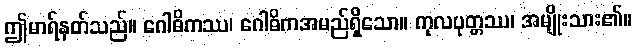
ဤမာရ်နတ်သည်။ ဂေါဓိကဿ၊ ဂေါဓိကအမည်ရှိသော။ ကုလပုတ္တဿ၊ အမျိုးသား၏။